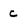
Character: c